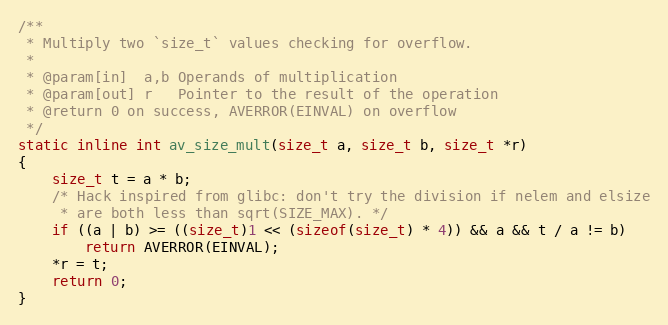
Language: C
/**
 * Multiply two `size_t` values checking for overflow.
 *
 * @param[in]  a,b Operands of multiplication
 * @param[out] r   Pointer to the result of the operation
 * @return 0 on success, AVERROR(EINVAL) on overflow
 */
static inline int av_size_mult(size_t a, size_t b, size_t *r)
{
    size_t t = a * b;
    /* Hack inspired from glibc: don't try the division if nelem and elsize
     * are both less than sqrt(SIZE_MAX). */
    if ((a | b) >= ((size_t)1 << (sizeof(size_t) * 4)) && a && t / a != b)
        return AVERROR(EINVAL);
    *r = t;
    return 0;
}